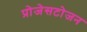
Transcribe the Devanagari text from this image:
प्रोजेसटोजन